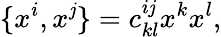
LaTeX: \{ x^{i},x^{\mathit{j}}\} =c_{kl}^{i\mathit{j}}x^{k}x^{l},